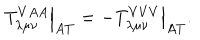
\left. T _ { \lambda \mu \nu } ^ { V A A } \right| _ { A T } = - \left. T _ { \lambda \mu \nu } ^ { V V V } \right| _ { A T } .